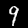
Digit: 9